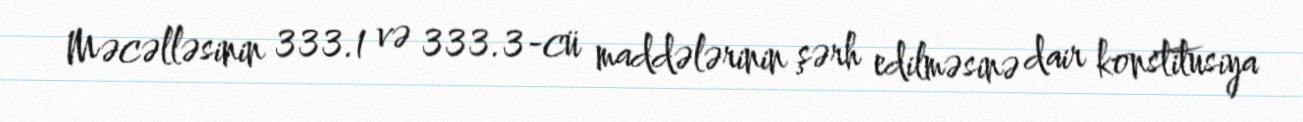
Məcəlləsinin 333.1 və 333.3-cü maddələrinin şərh edilməsinə dair konstitusiya